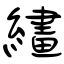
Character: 繣